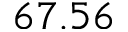
6 7 . 5 6